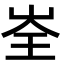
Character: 峑